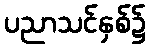
ပညာသင်နှစ်၌